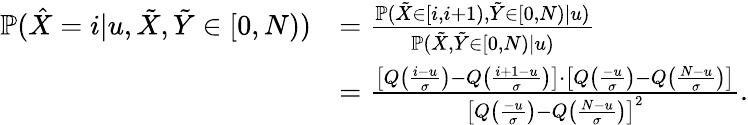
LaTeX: \begin{array}{rl}{\mathbb{P}(\hat{X}=i|u,\tilde{X},\tilde{Y}\in[0,N))}&{=\frac{\mathbb{P}(\tilde{X}\in[i,i+1),\tilde{Y}\in[0,N)|u)}{\mathbb{P}(\tilde{X},\tilde{Y}\in[0,N)|u)}}\\ &{=\frac{\left[Q\left(\frac{i-u}{\sigma}\right)-Q\left(\frac{i+1-u}{\sigma}\right)\right]\cdot\left[Q\left(\frac{-u}{\sigma}\right)-Q\left(\frac{N-u}{\sigma}\right)\right]}{\left[Q\left(\frac{-u}{\sigma}\right)-Q\left(\frac{N-u}{\sigma}\right)\right]^{2}}.}\end{array}